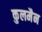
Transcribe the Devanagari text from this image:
कुलमैन